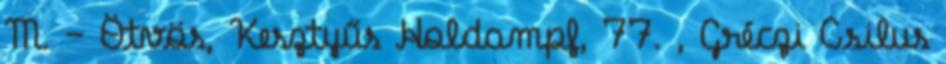
M. – Ötvös, Kesztyűs Holdampf, 77. , Gréczi Csilus